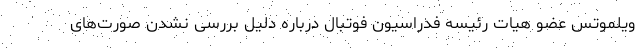
ویلموتس عضو هیات رئیسه فدراسیون فوتبال درباره دلیل بررسی نشدن صورت‌های